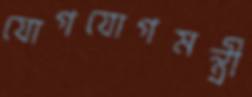
যোগযোগমন্ত্রী